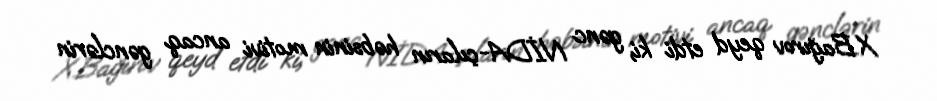
X.Bağırov qeyd etdi ki, gənc NİDA-çıların həbsinin motivi ancaq gənclərin